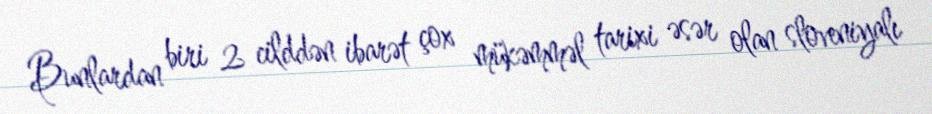
Bunlardan biri 2 cilddən ibarət çox mükəmməl tarixi əsər olan sloveniyalı